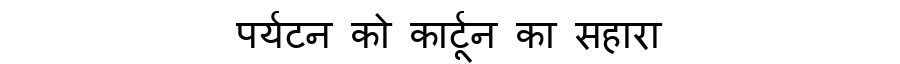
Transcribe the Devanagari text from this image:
पर्यटन को कार्टून का सहारा